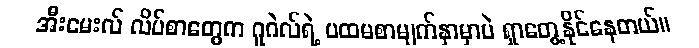
အီးမေးလ် လိပ်စာတွေက ဂူဂဲလ်ရဲ့ ပထမစာမျက်နှာမှာပဲ ရှာတွေ့နိုင်နေတယ်။